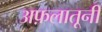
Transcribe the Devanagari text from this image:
अफ़लातूनी